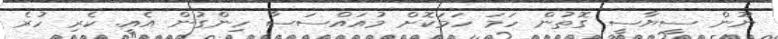
ނޫން ސީޔާސީ ގޮތުން ހަމަ ހަމަކޮށް މުއައްސަސާ ހިންގުން އެއީ. ކެރި ހުރެ